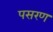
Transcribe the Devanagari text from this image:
पसरण